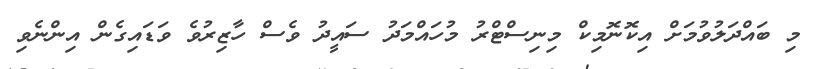
މި ބައްދަލުވުމަށް އިކޮނޮމިކް މިނިސްޓްރު މުހައްމަދު ސައީދު ވެސް ހާޒިރުވެ ވަޑައިގެން އިންނެވި